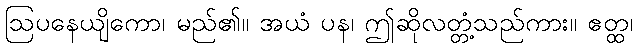
ဩပနေယျိကော၊ မည်၏။ အယံ ပန၊ ဤဆိုလတ္တံ့သည်ကား။ ဧတ္ထ၊